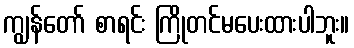
ကျွန်တော် စာရင်း ကြိုတင်မပေးထားပါဘူး။